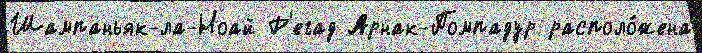
Шампаньяк-ла-Ноай Р'егад Арнак-Помпадур располо́жена